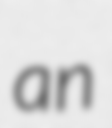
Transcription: an